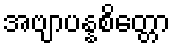
အဗျာပန္နစိတ္တော